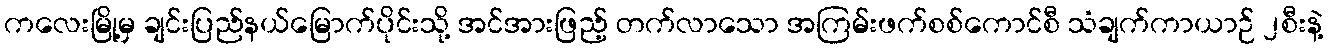
ကလေးမြို့မှ ချင်းပြည်နယ်မြောက်ပိုင်းသို့ အင်အားဖြည့် တက်လာသော အကြမ်းဖက်စစ်ကောင်စီ သံချက်ကာယာဉ် ၂စီးနဲ့